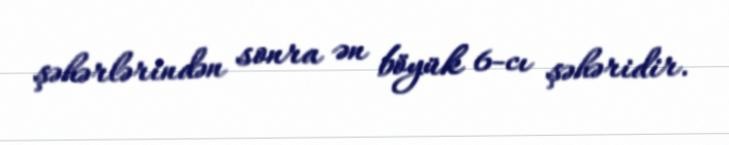
şəhərlərindən sonra ən böyük 6-cı şəhəridir.